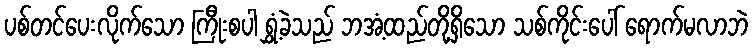
ပစ်တင်ပေးလိုက်သော ကြီုးစပါ ရွှံ့ခဲသည် ဘအံ့ထည်တို့ရှိသော သစ်ကိုင်းပေါ် ရောက်မလာဘဲ